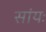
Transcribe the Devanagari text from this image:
सांयः